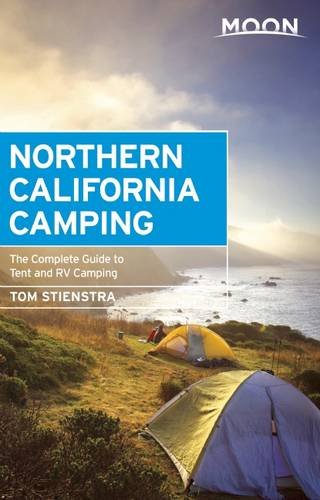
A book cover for Moon Northern California Camping: The Complete Guide to Tent and RV Camping (Moon Outdoors); Tom Stienstra; Sports & Outdoors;